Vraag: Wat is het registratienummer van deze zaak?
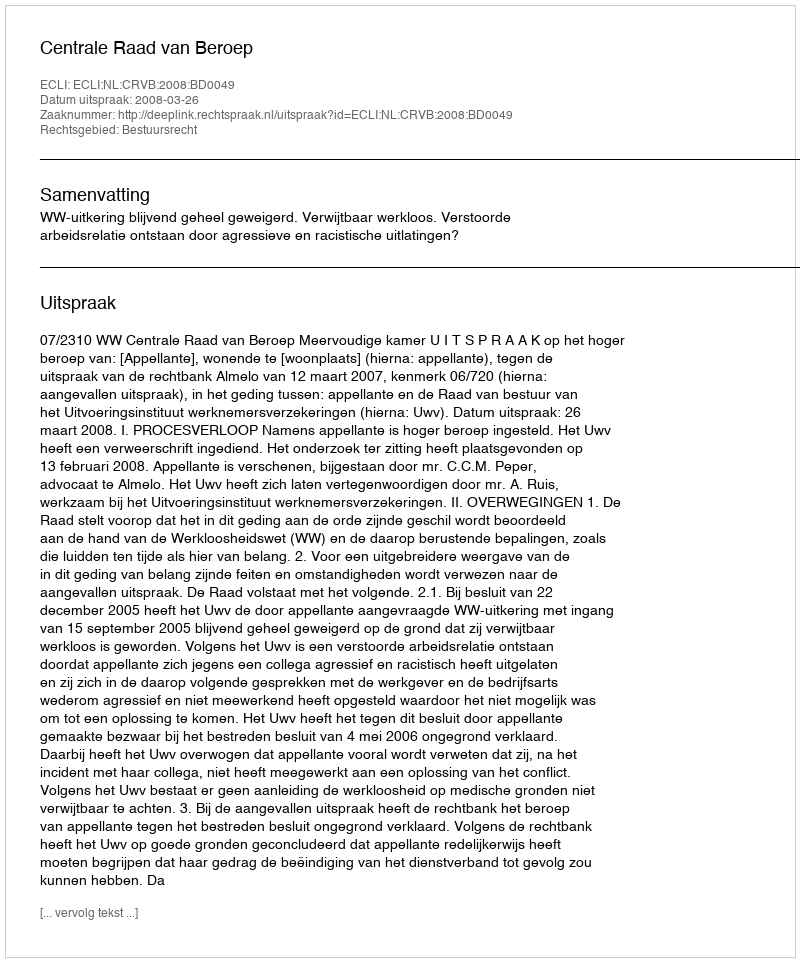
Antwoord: http://deeplink.rechtspraak.nl/uitspraak?id=ECLI:NL:CRVB:2008:BD0049